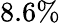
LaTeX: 8.6\%